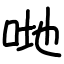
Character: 哋